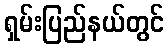
ရှမ်းပြည်နယ်တွင်